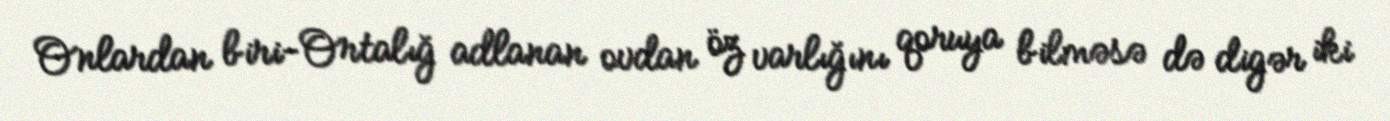
Onlardan biri-Ortalığ adlanan ovdan öz varlığını qoruya bilməsə də digər iki